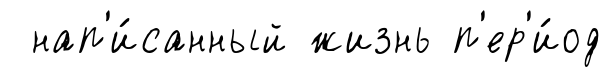
нап'и́санный жизнь п'ер'и́од